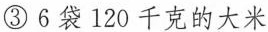
③6袋120千克的大米